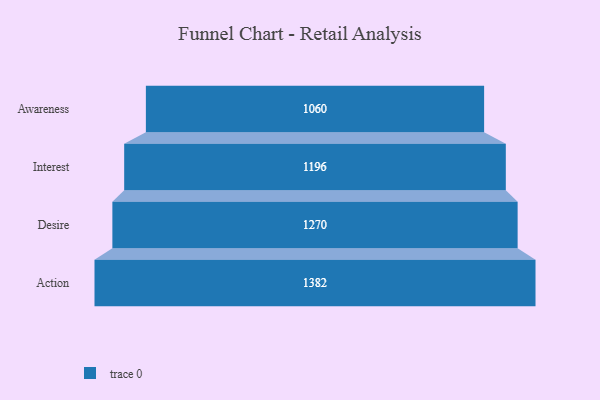
{"axis": {"x": "Stage", "y": "Value"}, "legend": [""], "data": [{"x": "Awareness", "y": 1060.0, "type": ""}, {"x": "Interest", "y": 1196.0, "type": ""}, {"x": "Desire", "y": 1270.0, "type": ""}, {"x": "Action", "y": 1382.0, "type": ""}]}